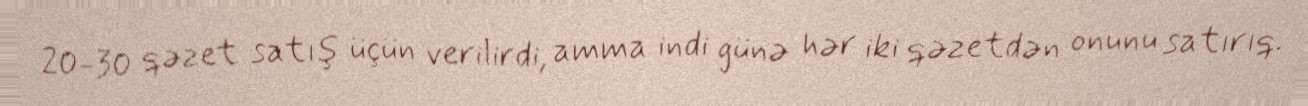
20-30 qəzet satış üçün verilirdi, amma indi günə hər iki qəzetdən onunu satırıq.